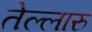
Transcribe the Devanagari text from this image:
तेल्लारु